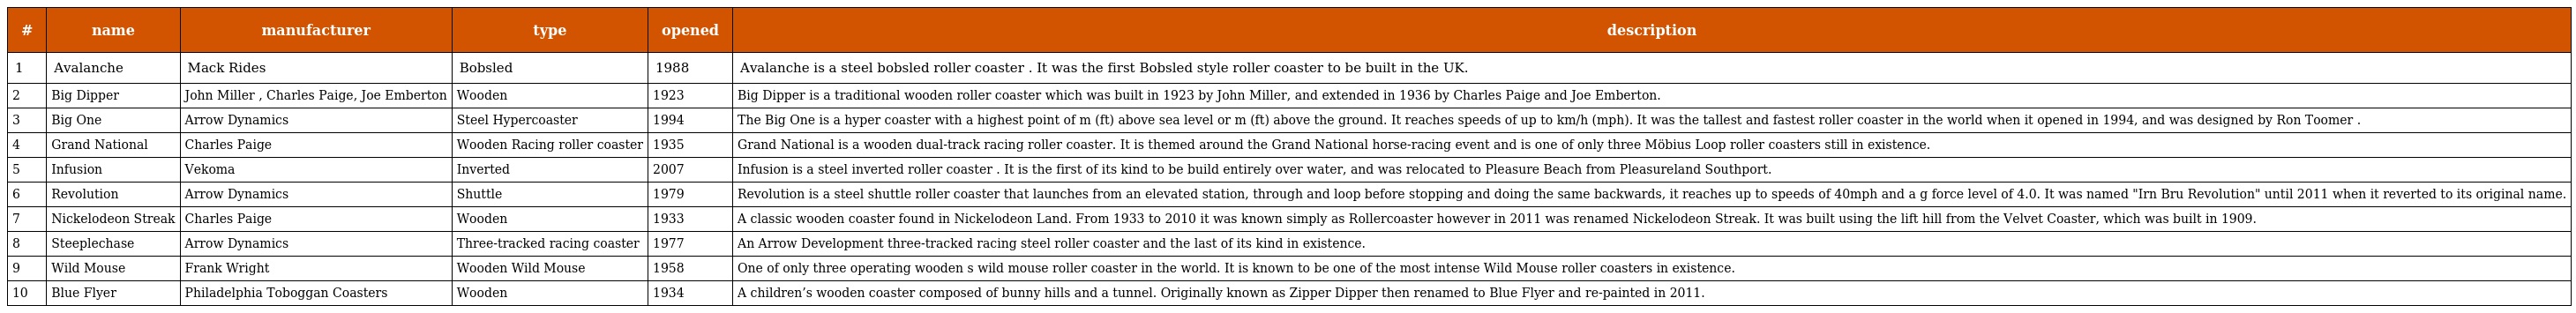
| # | name | manufacturer | type | opened | description |
 | --- | --- | --- | --- | --- | --- |
 | 1 | Avalanche | Mack Rides | Bobsled | 1988 | Avalanche is a steel bobsled roller coaster . It was the first Bobsled style roller coaster to be built in the UK. |
 | 2 | Big Dipper | John Miller , Charles Paige, Joe Emberton | Wooden | 1923 | Big Dipper is a traditional wooden roller coaster which was built in 1923 by John Miller, and extended in 1936 by Charles Paige and Joe Emberton. |
 | 3 | Big One | Arrow Dynamics | Steel Hypercoaster | 1994 | The Big One is a hyper coaster with a highest point of m (ft) above sea level or m (ft) above the ground. It reaches speeds of up to km/h (mph). It was the tallest and fastest roller coaster in the world when it opened in 1994, and was designed by Ron Toomer . |
 | 4 | Grand National | Charles Paige | Wooden Racing roller coaster | 1935 | Grand National is a wooden dual-track racing roller coaster. It is themed around the Grand National horse-racing event and is one of only three Möbius Loop roller coasters still in existence. |
 | 5 | Infusion | Vekoma | Inverted | 2007 | Infusion is a steel inverted roller coaster . It is the first of its kind to be build entirely over water, and was relocated to Pleasure Beach from Pleasureland Southport. |
 | 6 | Revolution | Arrow Dynamics | Shuttle | 1979 | Revolution is a steel shuttle roller coaster that launches from an elevated station, through and loop before stopping and doing the same backwards, it reaches up to speeds of 40mph and a g force level of 4.0. It was named "Irn Bru Revolution" until 2011 when it reverted to its original name. |
 | 7 | Nickelodeon Streak | Charles Paige | Wooden | 1933 | A classic wooden coaster found in Nickelodeon Land. From 1933 to 2010 it was known simply as Rollercoaster however in 2011 was renamed Nickelodeon Streak. It was built using the lift hill from the Velvet Coaster, which was built in 1909. |
 | 8 | Steeplechase | Arrow Dynamics | Three-tracked racing coaster | 1977 | An Arrow Development three-tracked racing steel roller coaster and the last of its kind in existence. |
 | 9 | Wild Mouse | Frank Wright | Wooden Wild Mouse | 1958 | One of only three operating wooden s wild mouse roller coaster in the world. It is known to be one of the most intense Wild Mouse roller coasters in existence. |
 | 10 | Blue Flyer | Philadelphia Toboggan Coasters | Wooden | 1934 | A children’s wooden coaster composed of bunny hills and a tunnel. Originally known as Zipper Dipper then renamed to Blue Flyer and re-painted in 2011. |